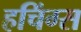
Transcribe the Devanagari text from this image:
हचिंग्स